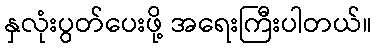
နှလုံးပွတ်ပေးဖို့ အရေးကြီးပါတယ်။